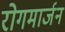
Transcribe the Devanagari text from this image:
रोगमार्जन